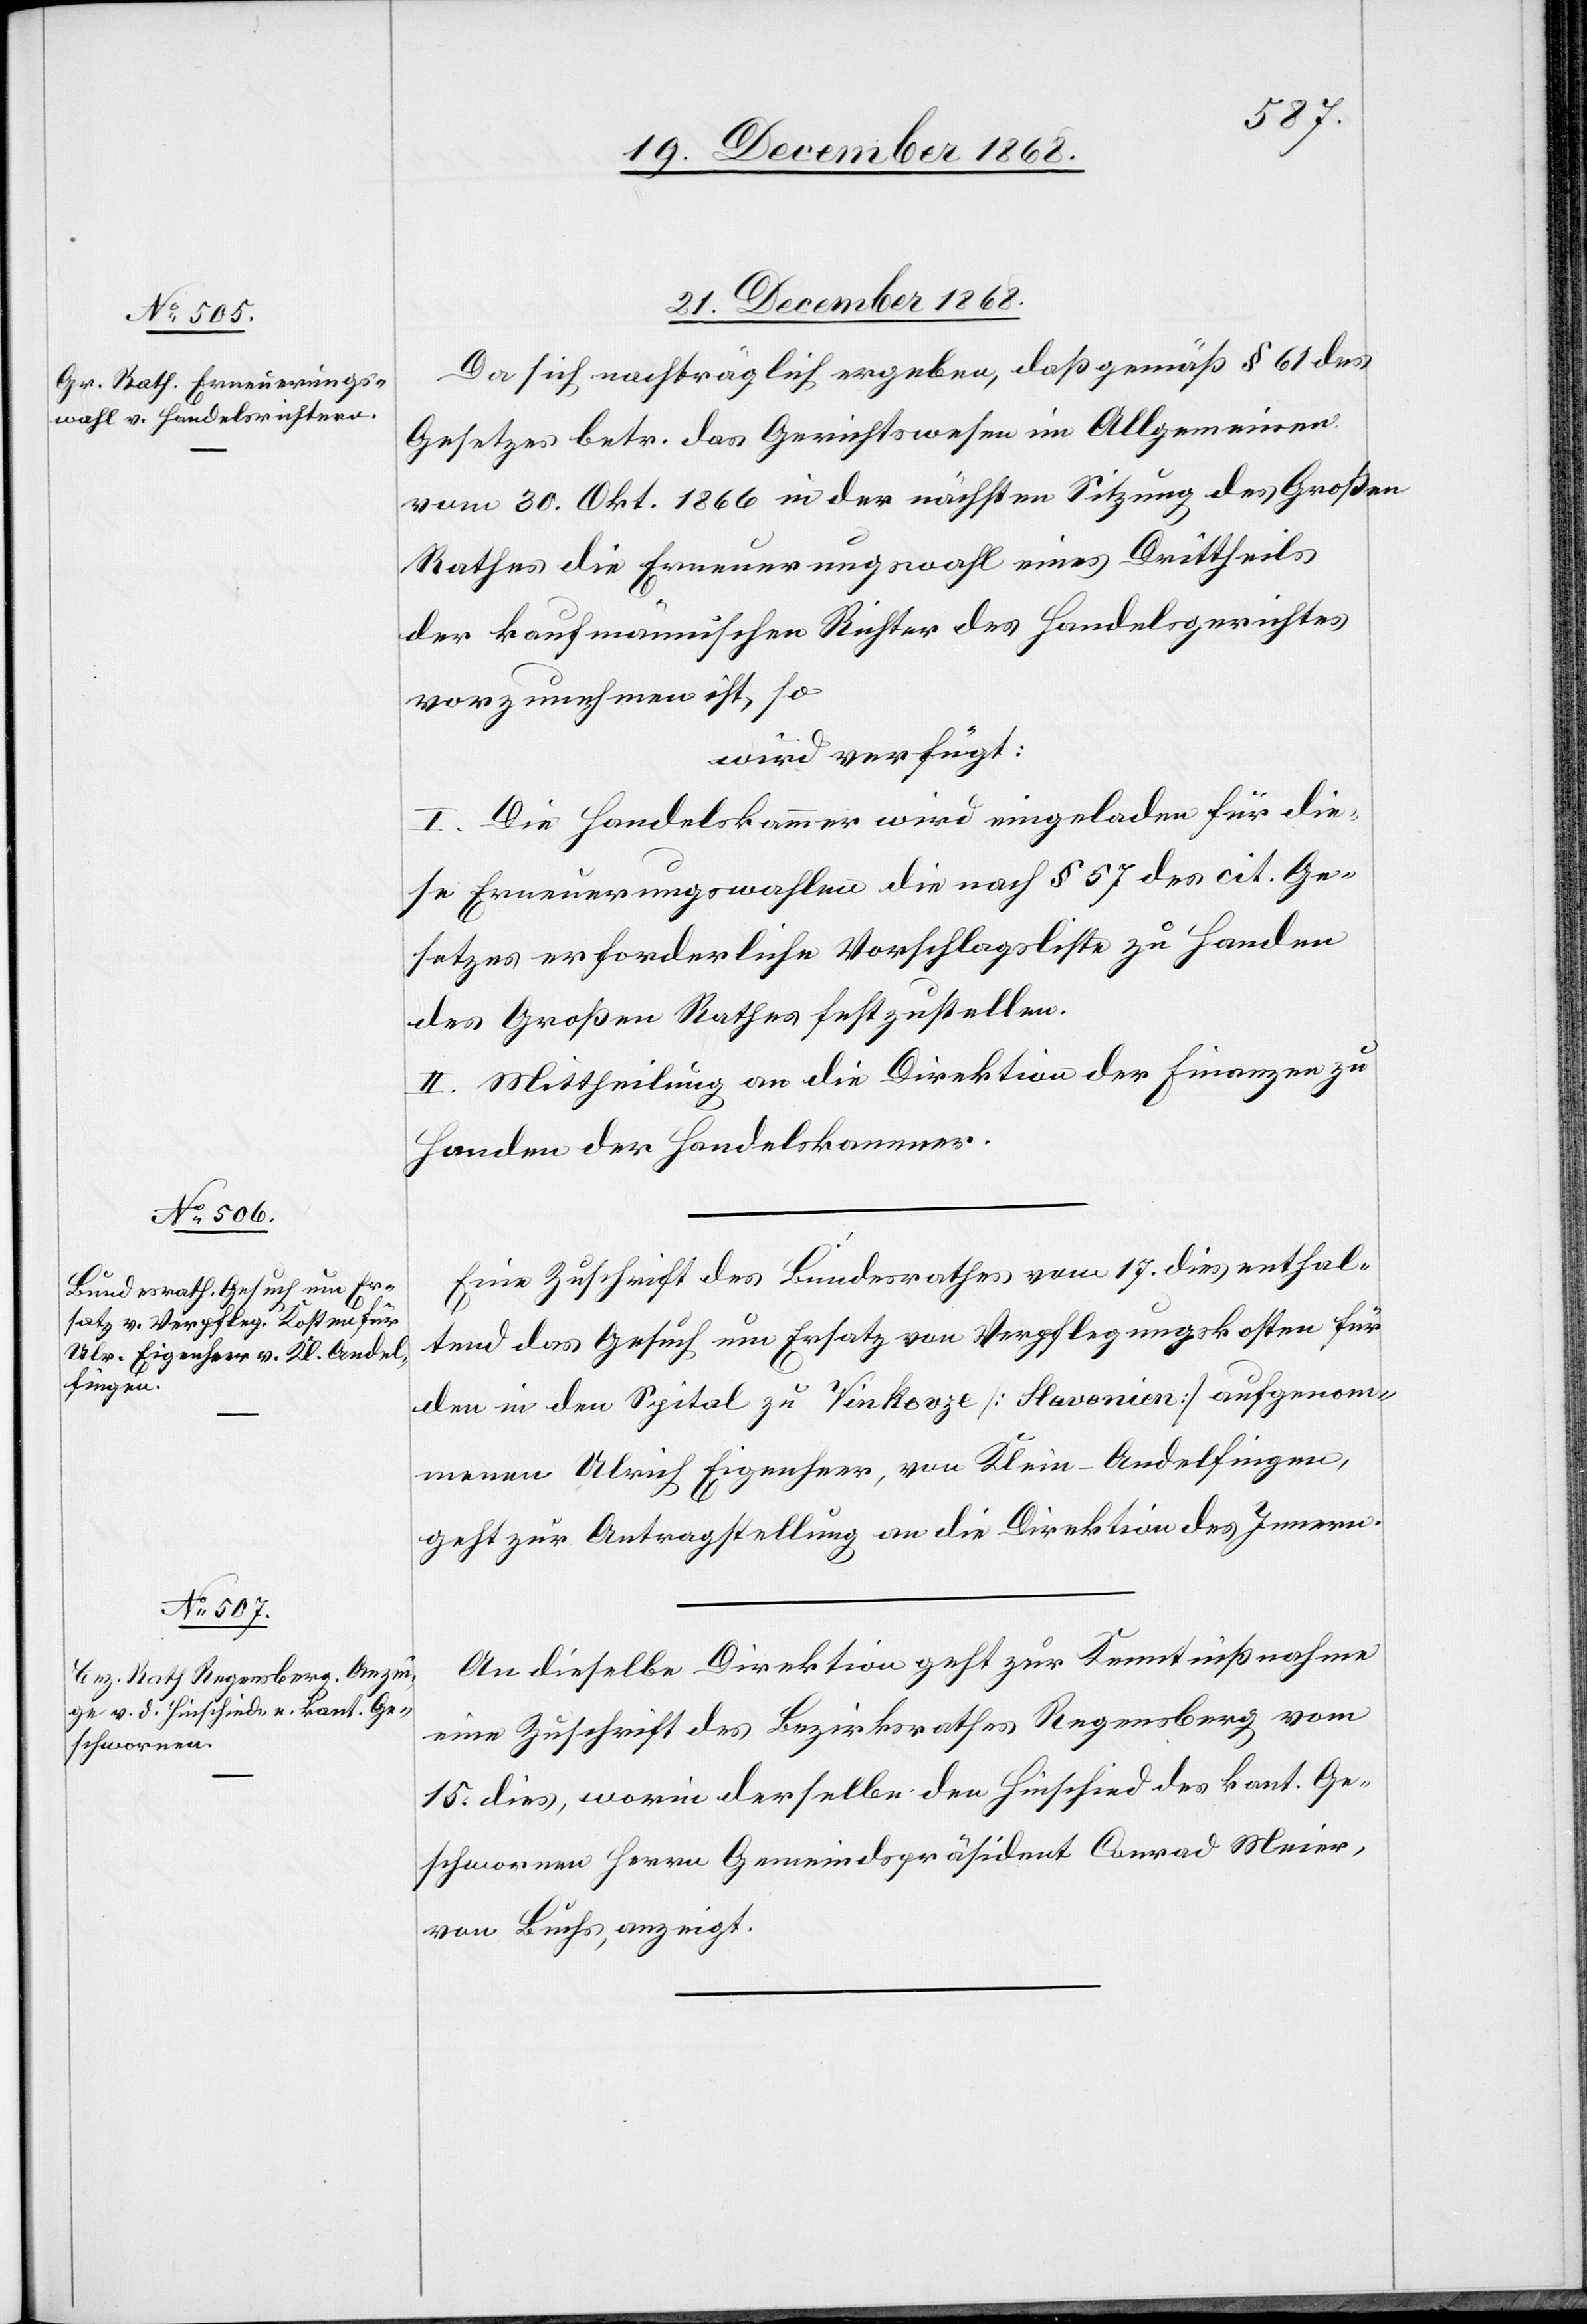
21. December 1868.]
Da sich nachträglich ergeben, daß gemäß § 61 des
Gesetzes betr. das Gerichtswesen im Allgemeinen
vom 30. Okt. 1866 in der nächsten Sitzung des Großen
Rathes die Erneuerungswahl eines Drittheils
der kaufmännischen Richter des Handelsgerichtes
vorzunehmen ist, so
wird verfügt:
I. Die Handelskammer wird eingeladen für die¬
se Erneuerungswahlen die nach § 57 des cit. Ge¬
setzes erforderliche Vorschlagsliste zu Handen
des Großen Rathes festzustellen.
II. Mittheilung an die Direktion der Finanzen zu
Handen der Handelskammer.
Eine Zuschrift des Bundesrathes vom 17. dies enthal¬
tend das Gesuch um Ersatz von Verpflegungskosten für
den in den Spital zu Vinkovze [Slavonien] aufgenom¬
menen Ulrich Eigenheer, von Klein-Andelfingen,
geht zur Antragstellung an die Direktion des Innern.
An dieselbe Direktion geht zur Kenntnißnahme
eine Zuschrift des Bezirksrathes Regensberg vom
15. dies, worin derselbe den Hinschied des kant. Ge¬
schwornen Herrn Gemeindspräsident Conrad Meier,
von Buchs, anzeigt.